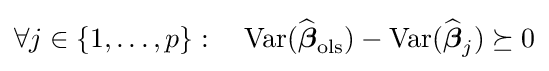
\forall j\in \{1,\ldots ,p\}:\quad \operatorname {Var} ({\widehat {\boldsymbol {\beta }}}_{\mathrm {ols} })-\operatorname {Var} ({\widehat {\boldsymbol {\beta }}}_{j})\succeq 0